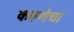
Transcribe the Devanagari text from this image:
करूणेचा